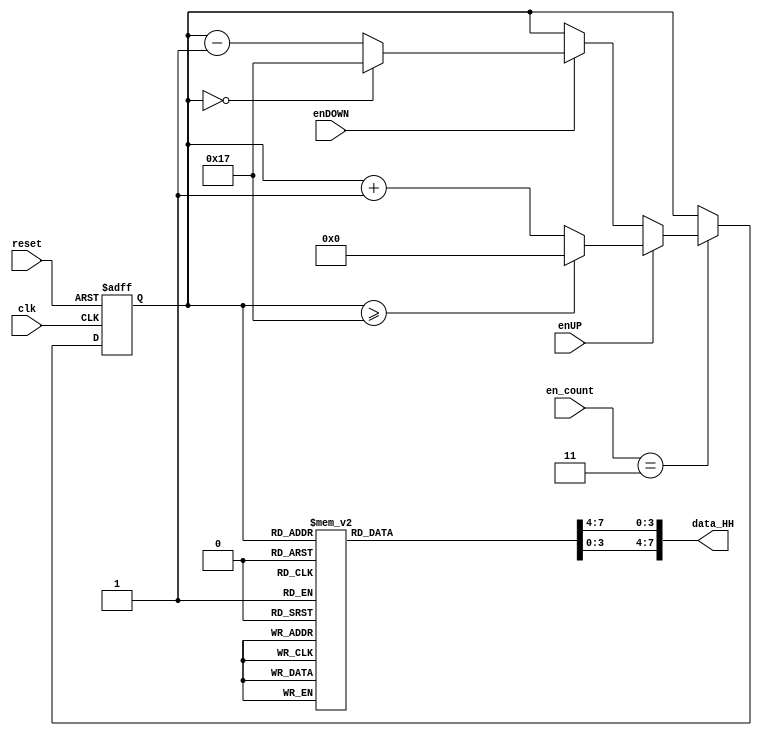
module contador_AD_HH_2dig
(
input wire clk, 
input wire reset,
input wire [3:0]en_count,
input wire enUP,
input wire enDOWN,
output wire [7:0] data_HH
);                             
localparam N = 5; 
reg [N-1:0] q_act, q_next;
wire [N-1:0] count_data;
reg [3:0] digit1, digit0;
always@(posedge clk, posedge reset)
begin	
	if(reset)
	begin
		q_act <= 5'b0;
	end
	else
	begin
		q_act <= q_next;
	end
end
always@*
begin
	if (en_count == 3)
	begin
		if (enUP)
		begin
			if (q_act >= 5'd23) q_next = 5'd0;
			else q_next = q_act + 5'd1;
		end
		else if (enDOWN)
		begin
			if (q_act == 5'd0) q_next = 5'd23;
			else q_next = q_act - 5'd1;
		end
		else q_next = q_act;
	end
	else q_next = q_act;
end
assign count_data = q_act;
always@*
begin
	case(count_data)
		5'd0: begin digit1 = 4'b0000; digit0 = 4'b0000; end
		5'd1: begin digit1 = 4'b0000; digit0 = 4'b0001; end
		5'd2: begin digit1 = 4'b0000; digit0 = 4'b0010; end
		5'd3: begin digit1 = 4'b0000; digit0 = 4'b0011; end
		5'd4: begin digit1 = 4'b0000; digit0 = 4'b0100; end
		5'd5: begin digit1 = 4'b0000; digit0 = 4'b0101; end
		5'd6: begin digit1 = 4'b0000; digit0 = 4'b0110; end
		5'd7: begin digit1 = 4'b0000; digit0 = 4'b0111; end
		5'd8: begin digit1 = 4'b0000; digit0 = 4'b1000; end
		5'd9: begin digit1 = 4'b0000; digit0 = 4'b1001; end
		5'd10: begin digit1 = 4'b0001; digit0 = 4'b0000; end
		5'd11: begin digit1 = 4'b0001; digit0 = 4'b0001; end
		5'd12: begin digit1 = 4'b0001; digit0 = 4'b0010; end
		5'd13: begin digit1 = 4'b0001; digit0 = 4'b0011; end
		5'd14: begin digit1 = 4'b0001; digit0 = 4'b0100; end
		5'd15: begin digit1 = 4'b0001; digit0 = 4'b0101; end
		5'd16: begin digit1 = 4'b0001; digit0 = 4'b0110; end
		5'd17: begin digit1 = 4'b0001; digit0 = 4'b0111; end
		5'd18: begin digit1 = 4'b0001; digit0 = 4'b1000; end
		5'd19: begin digit1 = 4'b0001; digit0 = 4'b1001; end
		5'd20: begin digit1 = 4'b0010; digit0 = 4'b0000; end
		5'd21: begin digit1 = 4'b0010; digit0 = 4'b0001; end
		5'd22: begin digit1 = 4'b0010; digit0 = 4'b0010; end
		5'd23: begin digit1 = 4'b0010; digit0 = 4'b0011; end
		default:  begin digit1 = 0; digit0 = 0; end
	endcase	
end
assign data_HH = {digit1,digit0};
endmodule